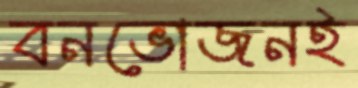
বনভোজনই